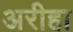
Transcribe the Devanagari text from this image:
अरीहा